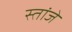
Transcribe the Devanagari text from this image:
स्तांजे